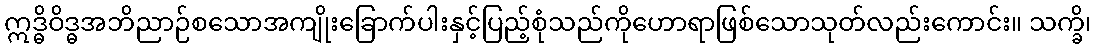
ဣဒ္ဓိဝိဒ္ဓအဘိညာဉ်စသောအကျိုးခြောက်ပါးနှင့်ပြည့်စုံသည်ကိုဟောရာဖြစ်သောသုတ်လည်းကောင်း။ သက္ခိ၊